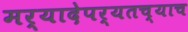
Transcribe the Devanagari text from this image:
मर्यादेपर्यतच्याच